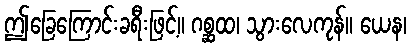
ဤခြေကြောင်းခရီးဖြင့်။ ဂစ္ဆထ၊ သွားလေကုန်။ ယေန၊